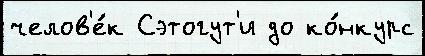
челов'е́к Сэтогут'и до ко́нкурс